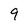
Character: 9